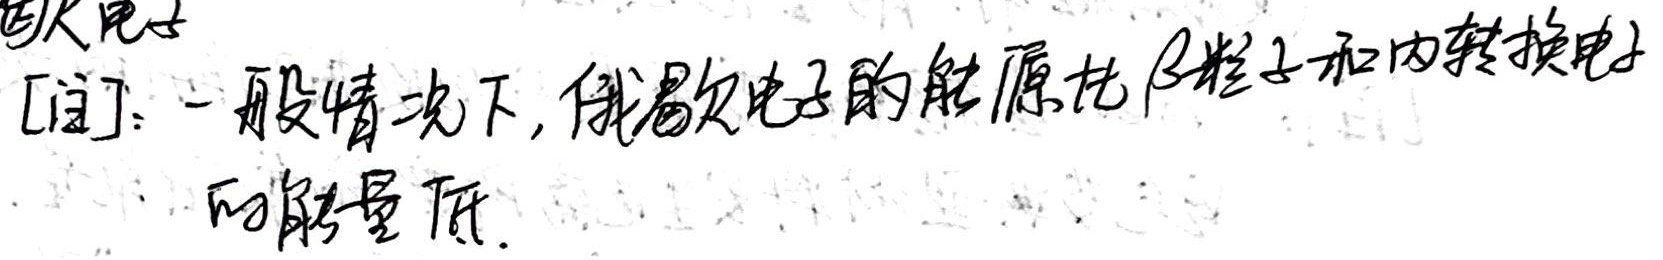
[注]：一般情况下，俄歇电子的能量比$\beta$粒子和内转换电子的能量低。